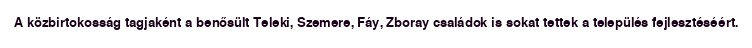
A közbirtokosság tagjaként a benősült Teleki, Szemere, Fáy, Zboray családok is sokat tettek a település fejlesztéséért.